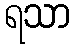
ရသာ